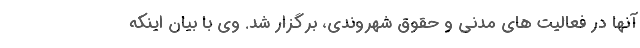
آنها در فعالیت های مدنی و حقوق شهروندی، برگزار شد. وی با بیان اینکه